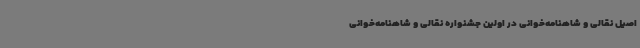
اصیل نقالی و شاهنامه‌خوانی در اولین جشنواره نقالی و شاهنامه‌خوانی